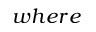
w h e r e